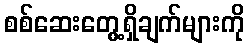
စစ်ဆေးတွေ့ရှိချက်များကို